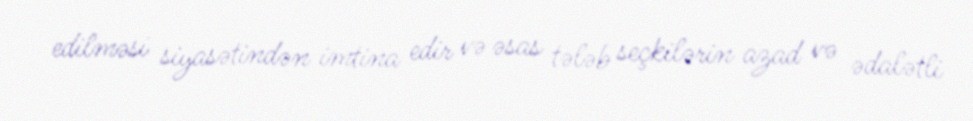
edilməsi siyasətindən imtina edir və əsas tələb seçkilərin azad və ədalətli